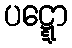
ပဋ္ဋော